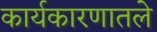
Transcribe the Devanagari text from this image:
कार्यकारणातले